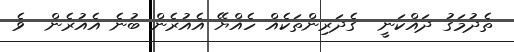
ތެދުމަގު ދައްކަނީ  ގެދަރިންތަކެއް ހެއްޔޭ އެއުރެން ބުނެ އެއުރެން  ވެ